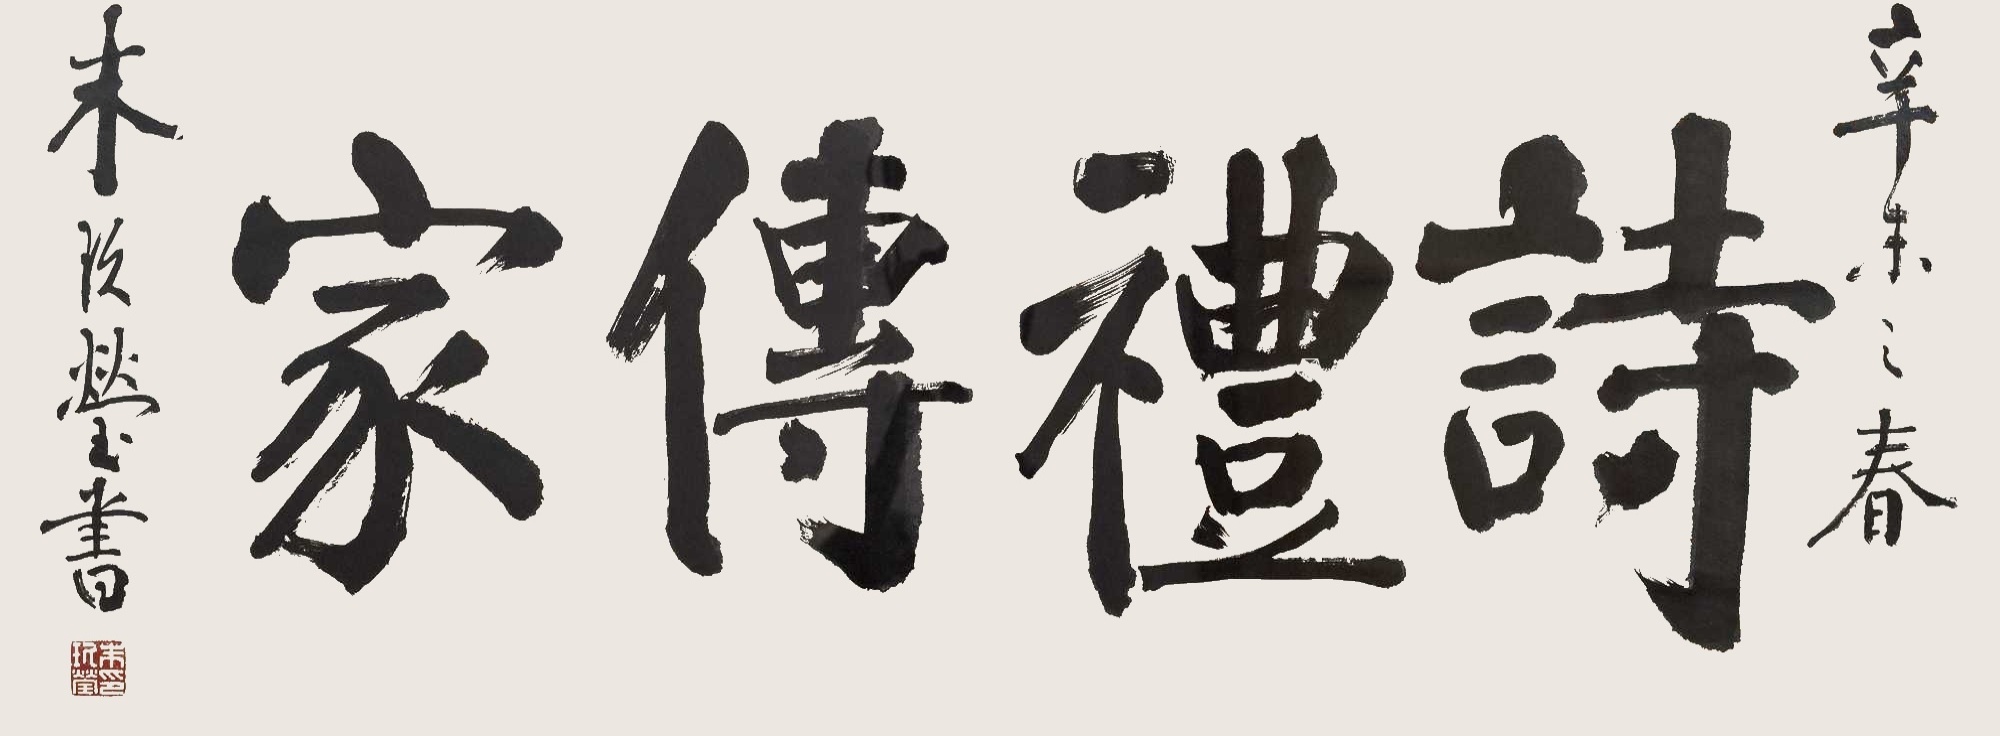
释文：诗礼传家辛未之春朱玖莹书。